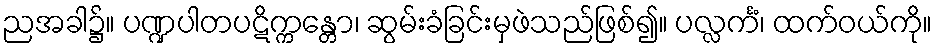
ညအခါ၌။ ပဏ္ဍပါတပဋိက္ကန္တော၊ ဆွမ်းခံခြင်းမှဖဲသည်ဖြစ်၍။ ပလ္လင်္ကံ၊ ထက်ဝယ်ကို။